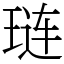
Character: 琏